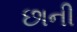
છાની